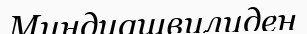
Миндиашвилиден